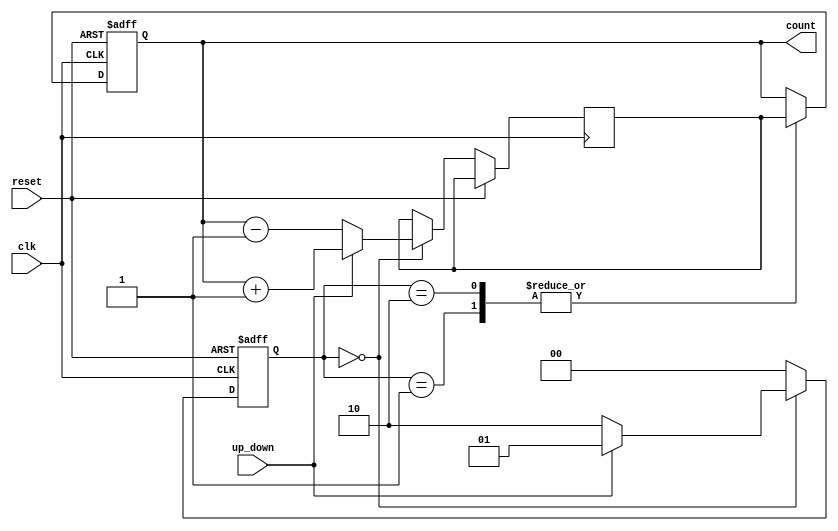
module gray_counter (
    input wire clk,
    input wire reset,
    input wire up_down,
    output reg [3:0] count
);

reg [3:0] next_count;
reg [1:0] state;

always @ (posedge clk or posedge reset) begin
    if (reset) begin
        state <= 2'b00;
        count <= 4'b0000;
    end else begin
        case (state)
            2'b00: begin // State A
                if (up_down) begin
                    state <= 2'b01;
                    next_count <= count + 4'b0001;
                end else begin
                    state <= 2'b10;
                    next_count <= count - 4'b0001;
                end
            end
            2'b01: begin // State B
                state <= 2'b00;
                count <= next_count;
            end
            2'b10: begin // State C
                state <= 2'b00;
                count <= next_count;
            end
            default: state <= 2'b00;
        endcase
    end
end

endmodule